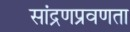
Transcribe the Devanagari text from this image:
सांद्रणप्रवणता